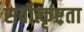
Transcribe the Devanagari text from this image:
सर्वोत्कृष्टता